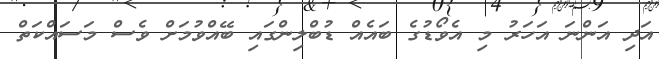
އަދި އަންނަ އަހަރު މި އެވޯޑުގެ ބައެއް ޑުބްލިންގައި ބޭއްވުމަށް ވެސް މަސައްކަތް